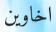
اخاوين